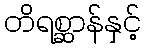
တိရစ္ဆာန်နှင့်